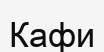
Кафи